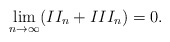
\begin{align*}\lim_{n\to \infty}(II_n + III_n) = 0.\end{align*}